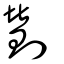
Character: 劗